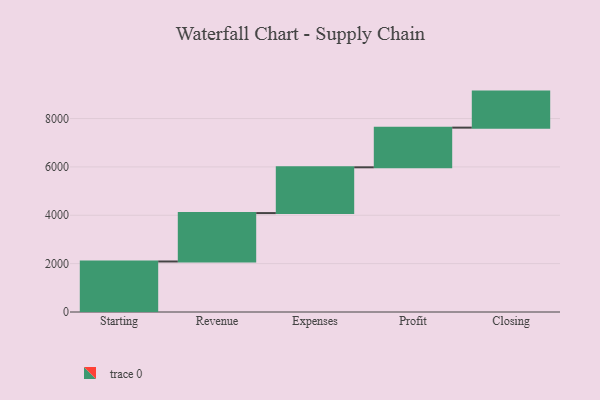
{"axis": {"x": "Step", "y": "Value"}, "legend": [""], "data": [{"x": "Starting", "y": 2089.0, "type": ""}, {"x": "Revenue", "y": 2002.0, "type": ""}, {"x": "Expenses", "y": 1893.0, "type": ""}, {"x": "Profit", "y": 1641.0, "type": ""}, {"x": "Closing", "y": 1490.0, "type": ""}]}